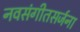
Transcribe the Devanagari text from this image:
नवसंगीतसर्जना